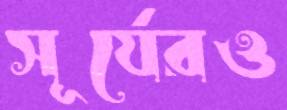
সূর্যেরও